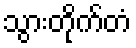
သွားတိုက်တံ